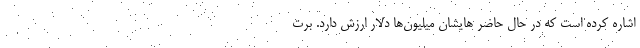
اشاره کرده است که در حال حاضر هایشان میلیون‌ها دلار ارزش دارد. برت